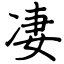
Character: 凄